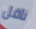
ناقل